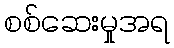
စစ်ဆေးမှုအရ